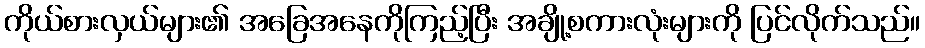
ကိုယ်စားလှယ်များ၏ အခြေအနေကိုကြည့်ပြီး အချို့စကားလုံးများကို ပြင်လိုက်သည်။